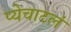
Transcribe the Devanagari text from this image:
प्येचाटलं